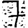
Digit: 7